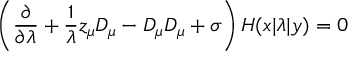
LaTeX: \left( { \frac { \partial } { \partial \lambda } } + { \frac { 1 } { \lambda } } z _ { \mu } D _ { \mu } - D _ { \mu } D _ { \mu } + \sigma \right) H ( x | \lambda | y ) = 0